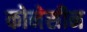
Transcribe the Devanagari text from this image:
कोनेसीन